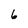
Character: 6